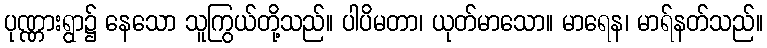
ပုဏ္ဏားရွာ၌ နေသော သူကြွယ်တို့သည်။ ပါပိမတာ၊ ယုတ်မာသော။ မာရေန၊ မာရ်နတ်သည်။